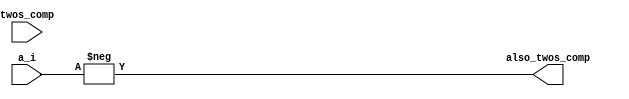
module Proj2(
    input [3:0] a_i,
    input [3:0] twos_comp,
    output [3:0] also_twos_comp
    );
    assign twos_comp = ~a_i + 1'b1;
    assign also_twos_comp = -a_i;
endmodule
module Proj2_tb();

  reg [3:0] a_i;
  wire [3:0] twos_comp;
  wire [3:0] also_twos_comp;

   Proj2 uut(.a_i(a_i), 
            .twos_comp(twos_comp), 
            .also_twos_comp(also_twos_comp)
            );
        initial begin
            a_i = 15;
            #100;
  end
endmodule